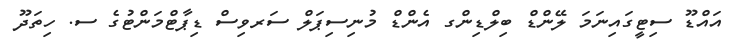
އައްޑޫ ސިޓީގައިނަމަ ލޭންޑް ބިލްޑިންގ އެންޑް މުނިސިޕަލް ސަރވިސް ޑިޕާޓްމަންޓުގެ ސ. ހިތަދޫ